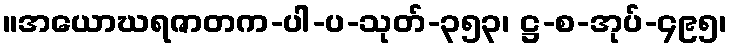
။အယောဃရဇာတက-ပါ-ပ-သုတ်-၃၅၃၊ ဋ္ဌ-စ-အုပ်-၄၉၅၊